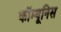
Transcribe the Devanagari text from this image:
कॉम्यूनिस